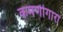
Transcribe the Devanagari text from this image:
कमणीगारा